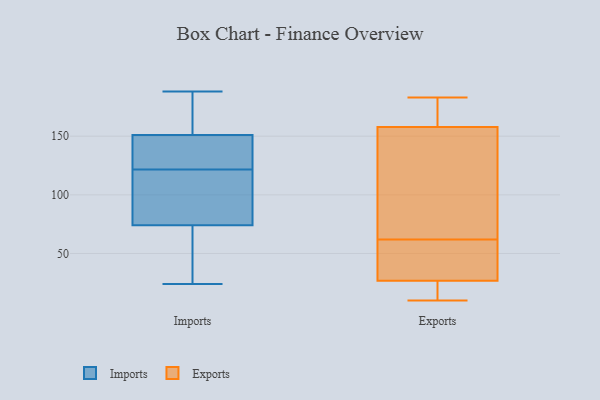
{"axis": {"x": "Net Income (USD K)", "y": "Value"}, "legend": ["Exports", "Imports"], "data": [{"x": "", "y": 181, "type": "Imports"}, {"x": "", "y": 120, "type": "Imports"}, {"x": "", "y": 74, "type": "Imports"}, {"x": "", "y": 126, "type": "Imports"}, {"x": "", "y": 176, "type": "Imports"}, {"x": "", "y": 24, "type": "Imports"}, {"x": "", "y": 188, "type": "Imports"}, {"x": "", "y": 99, "type": "Imports"}, {"x": "", "y": 133, "type": "Imports"}, {"x": "", "y": 123, "type": "Imports"}, {"x": "", "y": 99, "type": "Imports"}, {"x": "", "y": 151, "type": "Imports"}, {"x": "", "y": 30, "type": "Imports"}, {"x": "", "y": 40, "type": "Imports"}, {"x": "", "y": 174, "type": "Exports"}, {"x": "", "y": 180, "type": "Exports"}, {"x": "", "y": 62, "type": "Exports"}, {"x": "", "y": 38, "type": "Exports"}, {"x": "", "y": 130, "type": "Exports"}, {"x": "", "y": 49, "type": "Exports"}, {"x": "", "y": 115, "type": "Exports"}, {"x": "", "y": 183, "type": "Exports"}, {"x": "", "y": 115, "type": "Exports"}, {"x": "", "y": 18, "type": "Exports"}, {"x": "", "y": 46, "type": "Exports"}, {"x": "", "y": 167, "type": "Exports"}, {"x": "", "y": 21, "type": "Exports"}, {"x": "", "y": 10, "type": "Exports"}, {"x": "", "y": 23, "type": "Exports"}]}